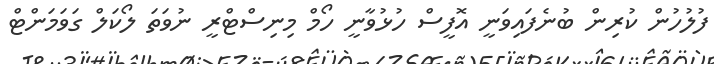
ފުލުހުން ކުރިން ބުނެފައިވަނީ އޮފީސް ހުޅުވާނީ ހޯމް މިނިސްޓްރީ ނުވަތަ ލޯކަލް ގަވަމަންޓް